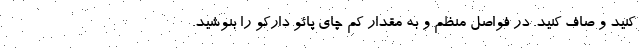
کنید و صاف کنید. در فواصل منظم و به مقدار کم چای پائو دارکو را بنوشید.